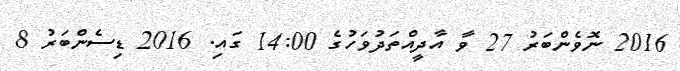
2016 ނޮވެންބަރު 27 ވާ އާދީއްތަދުވަހުގެ 14:00 ގައި. 2016 ޑިސެންބަރު 8